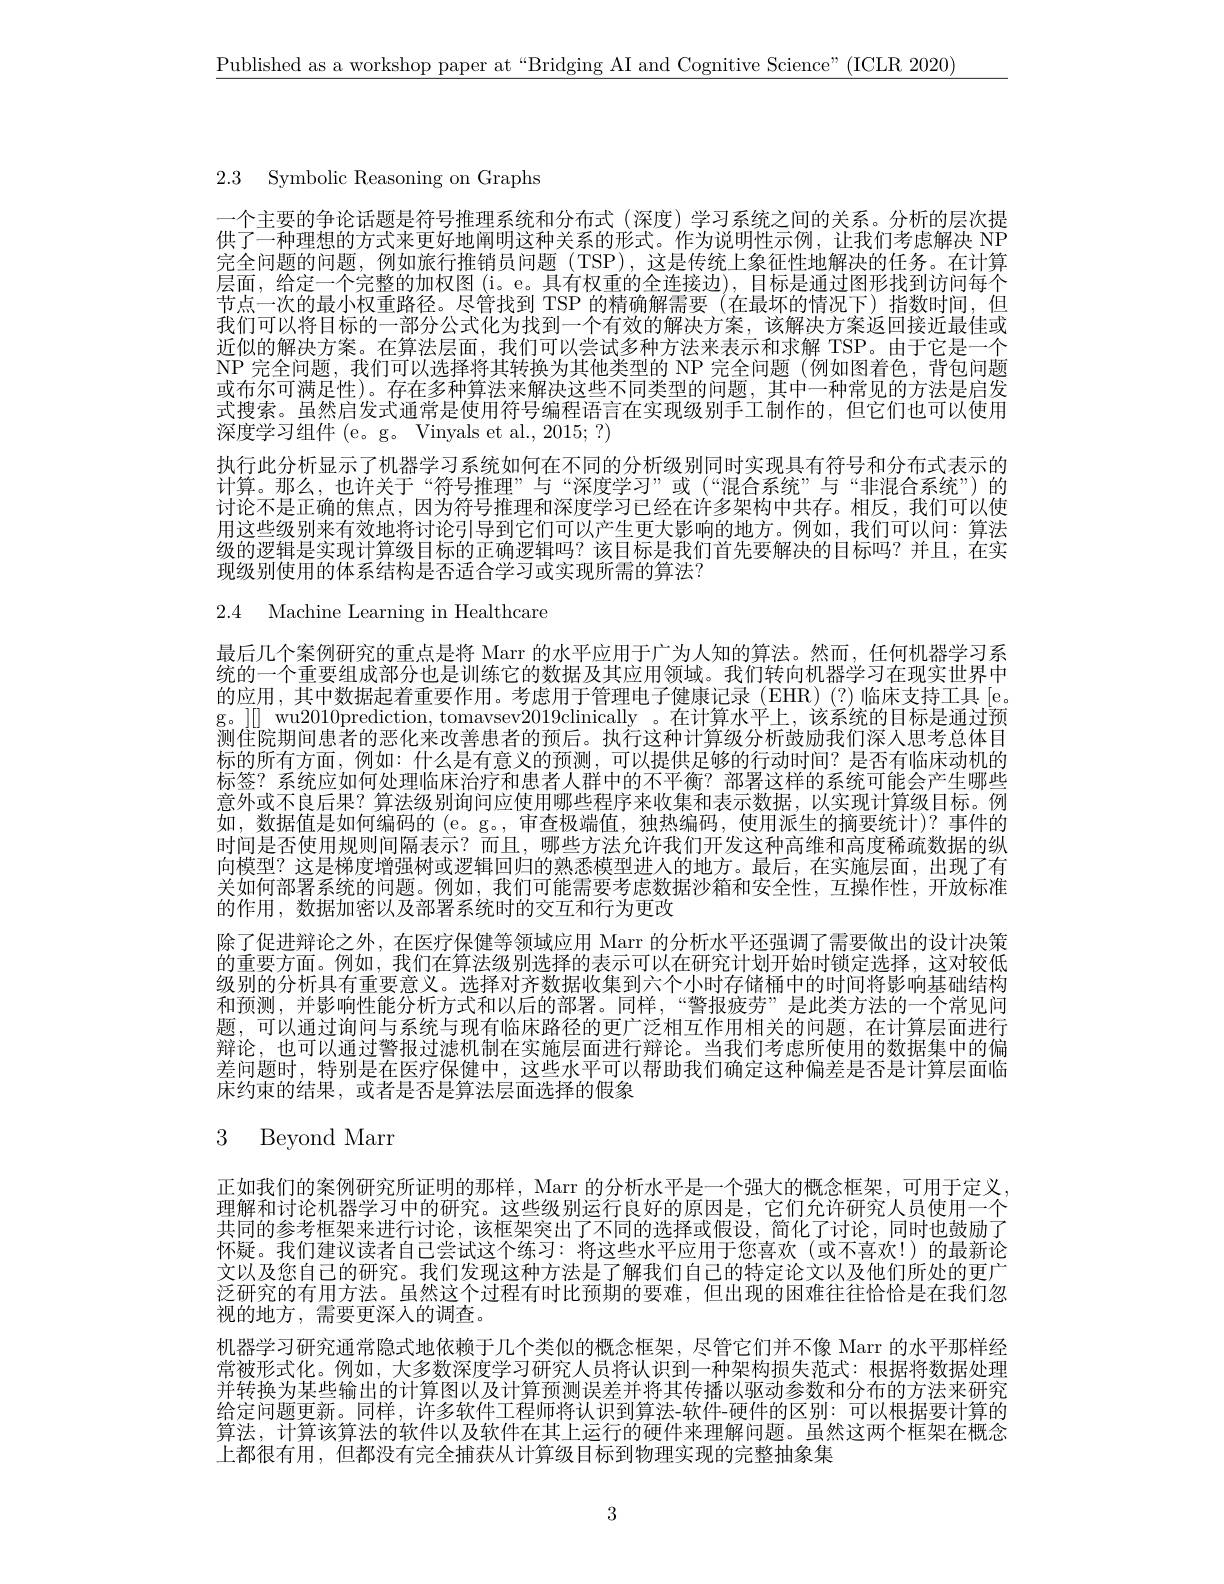
$\underline{\text{Published as a workshop paper at“Bridging AI and Cognitive Science"(ICLR 2020)}}$

2.3 Symbolic Reasoning on Graphs

一个主要的争论话题是符号推理系统和分布式(深度)学习系统之间的关系。分析的层次提供了一种理想的方式来更好地阐明这种关系的形式。作为说明性示例，让我们考虑解决 NP 完全问题的问题，例如旅行推销员问题(TSP),这是传统上象征性地解决的任务。在计算层面，给定一个完整的加权图(i。e。具有权重的全连接边),目标是通过图形找到访问每个节点一次的最小权重路径。尽管找到 TSP 的精确解需要(在最坏的情况下)指数时间，但我们可以将目标的一部分公式化为找到一个有效的解决方案，该解决方案返回接近最佳或近似的解决方案。在算法层面，我们可以尝试多种方法来表示和求解 TSP。由于它是一个NP 完全问题，我们可以选择将其转换为其他类型的 NP 完全问题 (例如图着色，背包问题或布尔可满足性)。存在多种算法来解决这些不同类型的问题，其中一种常见的方法是启发式搜索。虽然启发式通常是使用符号编程语言在实现级别手工制作的，但它们也可以使用深度学习组件 (e。g。Vinyals et al., 2015; ?)
执行此分析显示了机器学习系统如何在不同的分析级别同时实现具有符号和分布式表示的计算。那么，也许关于“符号推理”与“深度学习”或(“混合系统”与“非混合系统”)的讨论不是正确的焦点，因为符号推理和深度学习已经在许多架构中共存。相反，我们可以使用这些级别来有效地将讨论引导到它们可以产生更大影响的地方。例如，我们可以问：算法级的逻辑是实现计算级目标的正确逻辑吗？该目标是我们首先要解决的目标吗？并且，在实现级别使用的体系结构是否适合学习或实现所需的算法？

2.4 Machine Learning in Healthcare

最后几个案例研究的重点是将 Marr 的水平应用于广为人知的算法。然而，任何机器学习系统的一个重要组成部分也是训练它的数据及其应用领域。我们转向机器学习在现实世界中的应用，其中数据起着重要作用。考虑用于管理电子健康记录(EHR)(?)临床支持工具[e. g。][] wu2010prediction, tomavsev2019clinically 。在计算水平上，该系统的目标是通过预测住院期间患者的恶化来改善患者的预后。执行这种计算级分析鼓励我们深人思考总体目标的所有方面，例如：什么是有意义的预测，可以提供足够的行动时间？是否有临床动机的标签？系统应如何处理临床治疗和患者人群中的不平衡？部署这样的系统可能会产生哪些意外或不良后果？算法级别询问应使用哪些程序来收集和表示数据，以实现计算级目标。例如，数据值是如何编码的 (e。g。, 审查极端值，独热编码，使用派生的摘要统计)? 事件的时间是否使用规则间隔表示？而且，哪些方法允许我们开发这种高维和高度稀疏数据的纵向模型？这是梯度增强树或逻辑回归的熟悉模型进人的地方。最后，在实施层面，出现了有关如何部署系统的问题。例如，我们可能需要考虑数据沙箱和安全性，互操作性，开放标准的作用，数据加密以及部署系统时的交互和行为更改
除了促进辩论之外，在医疗保健等领域应用 Marr 的分析水平还强调了需要做出的设计决策的重要方面。例如，我们在算法级别选择的表示可以在研究计划开始时锁定选择，这对较低级别的分析具有重要意义。选择对齐数据收集到六个小时存储桶中的时间将影响基础结构和预测，并影响性能分析方式和以后的部署。同样，“警报疲劳”是此类方法的一个常见间题，可以通过询问与系统与现有临床路径的更广泛相互作用相关的问题，在计算层面进行辩论，也可以通过警报过滤机制在实施层面进行辩论。当我们考虑所使用的数据集中的偏差问题时，特别是在医疗保健中，这些水平可以帮助我们确定这种偏差是否是计算层面临床约束的结果，或者是否是算法层面选择的假象

# 3 Beyond Marr

正如我们的案例研究所证明的那样，Marr 的分析水平是一个强大的概念框架，可用于定义， 理解和讨论机器学习中的研究。这些级别运行良好的原因是，它们允许研究人员使用一个共同的参考框架来进行讨论，该框架突出了不同的选择或假设，简化了讨论，同时也鼓励了怀疑。我们建议读者自己尝试这个练习：将这些水平应用于您喜欢(或不喜欢！)的最新论文以及您自己的研究。我们发现这种方法是了解我们自己的特定论文以及他们所处的更广泛研究的有用方法。虽然这个过程有时比预期的要难，但出现的困难往往恰恰是在我们忽视的地方，需要更深入的调查。
机器学习研究通常隐式地依赖于几个类似的概念框架，尽管它们并不像 Marr 的水平那样经常被形式化。例如 ,大多数深度学习研究人员将认识到一种架构损失范式：根据将数据处理并转换为某些输出的计算图以及计算预测误差并将其传播以驱动参数和分布的方法来研究给定问题更新。同样，许多软件工程师将认识到算法-软件-硬件的区别：可以根据要计算的算法，计算该算法的软件以及软件在其上运行的硬件来理解问题。虽然这两个框架在概念上都很有用，但都没有完全捕获从计算级目标到物理实现的完整抽象集

3